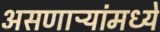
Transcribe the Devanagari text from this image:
असणाऱ्यांमध्ये